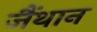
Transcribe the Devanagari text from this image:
जैंथान